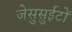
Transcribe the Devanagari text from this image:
जेसुसुईटों